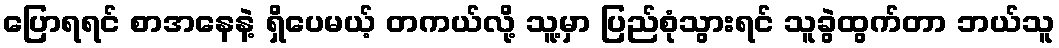
ပြောရရင် စာအနေနဲ့ ရှိပေမယ့် တကယ်လို့ သူ့မှာ ပြည်စုံသွားရင် သူခွဲထွက်တာ ဘယ်သူ